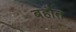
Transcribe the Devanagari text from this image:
बहौत